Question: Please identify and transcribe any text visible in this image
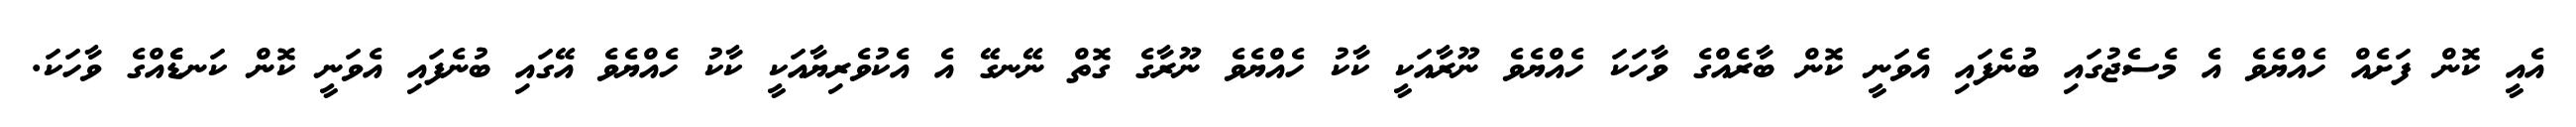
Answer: އެއީ ކޮން ފަށެއް ހެއްޔެވެ އެ މެސެޖުގައި ބުނެފައި އެވަނީ ކޮން ބާރެއްގެ ވާހަކަ ހެއްޔެވެ ނޫރާއަކީ ކާކު ހެއްޔެވެ ނޫރާގެ ގޮތް ނޭނގޭ އެ އެކުވެރިޔާއަކީ ކާކު ހެއްޔެވެ އޭގައި ބުނެފައި އެވަނީ ކޮން ކަނޑެެއްގެ ވާހަކަ.